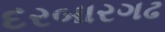
દરબારગઢ